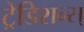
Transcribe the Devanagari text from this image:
ट्रेडिशन्स्‌